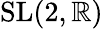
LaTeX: \operatorname{SL}(2,\mathbb{R})